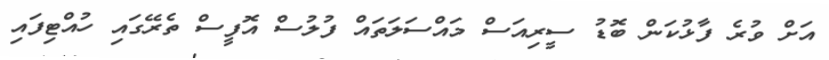
އަށް ވުރެ ފާޅުކަން ބޮޑު ސީރިއަސް މައްސަލަތައް ފުލުސް އޮފީސް ތެރޭގައި ހުއްޓިފައި